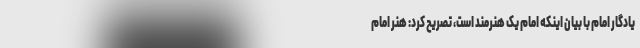
یادگار امام با بیان اینکه امام یک هنرمند است، تصریح کرد: هنر امام